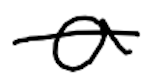
Text: a
Cross-out: mix
Writing tool: digital_black